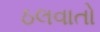
ઠલવાતો